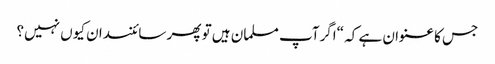
جس کا عنوان ہے کہ “اگرآپ مسلمان ہیں تو پھر سائنسدان کیوں نہیں؟